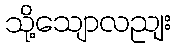
သို့သျောလညျး